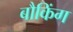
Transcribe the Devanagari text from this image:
बौकिंग